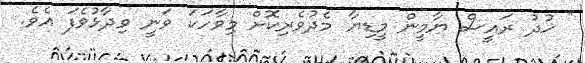
" ޚުދު ރައީސް ޔާމީން މީޑިޔާ މެދުވެރިކޮށް މިވާހަކަ ވަނީ ވިދާޅުވެފަ އެވެ.